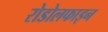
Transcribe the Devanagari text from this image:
रोडोलफाइन